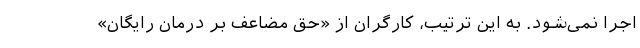
اجرا نمی‌شود. به این ترتیب، کارگران از «حق مضاعف بر درمان رایگان»